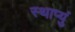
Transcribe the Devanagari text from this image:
स्थाप्युं